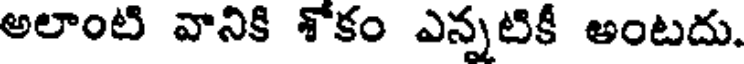
అలాంటి వానికి శోకం ఎన్నటికీ అంటదు.